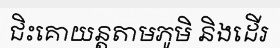
ជិះគោយន្តតាមភូមិ និងដើរ